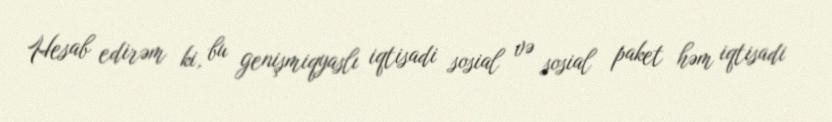
Hesab edirəm ki, bu genişmiqyaslı iqtisadi sosial və sosial paket həm iqtisadi